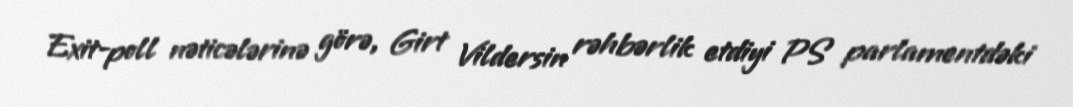
Exit-poll nəticələrinə görə, Girt Vildersin rəhbərlik etdiyi PS parlamentdəki